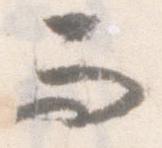
而